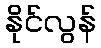
နိုင်လွန်